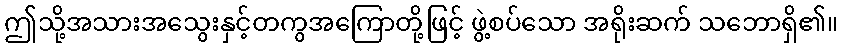
ဤသို့အသားအသွေးနှင့်တကွအကြောတို့ဖြင့် ဖွဲ့စပ်သော အရိုးဆက် သဘောရှိ၏။